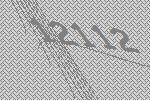
12112